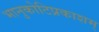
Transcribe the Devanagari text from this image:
भानुकोटिप्रकाशम्